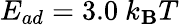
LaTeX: E_{ad}=3.0~k_{\mathbf{B}}T